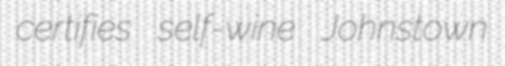
certifies self-wine Johnstown